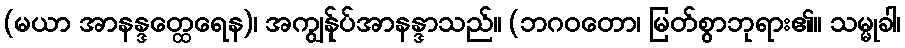
(မယာ အာနန္ဒတ္ထေရေန)၊ အကျွန်ုပ်အာနန္ဒာသည်။ (ဘဂဝတော၊ မြတ်စွာဘုရား၏။ သမ္မုခါ၊